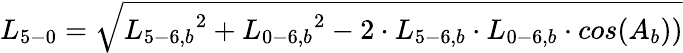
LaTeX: {L_{5-0}}=\sqrt{{L_{5-6,b}}^{2}+{L_{0-6,b}}^{2}-2\cdot{L_{5-6,b}}\cdot{L_{0-6,b}}\cdot cos({A_{b}}))}